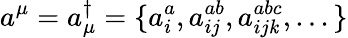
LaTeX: a^{\mu}=a_{\mu}^{\dagger}=\{ a_{i}^{a},a_{ij}^{ab},a_{ij\mathit{k}}^{abc},...\}